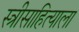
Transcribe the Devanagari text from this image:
स्त्रीसाहित्याला